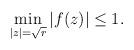
LaTeX: \begin{align*}\min_{|z|=\sqrt{r}}|f(z)|\leq 1.\end{align*}